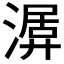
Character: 𣼨